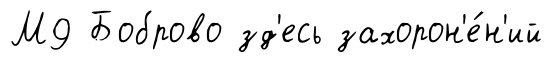
М9 Боброво зд'есь захорон'е́н'ий